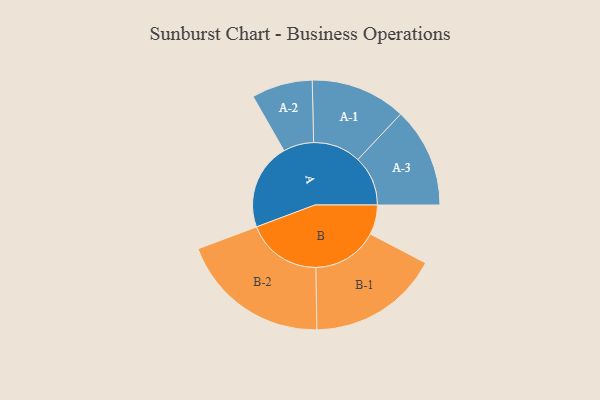
{"axis": {"x": "Segment", "y": "Value"}, "legend": ["", "A", "B"], "data": [{"x": "A", "y": 301, "type": ""}, {"x": "B", "y": 103, "type": ""}, {"x": "A-1", "y": 166, "type": "A"}, {"x": "A-2", "y": 106, "type": "A"}, {"x": "A-3", "y": 174, "type": "A"}, {"x": "B-1", "y": 229, "type": "B"}, {"x": "B-2", "y": 262, "type": "B"}]}